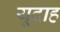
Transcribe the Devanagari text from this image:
यूदाह